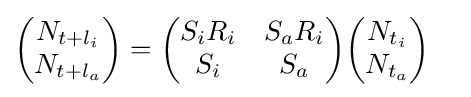
{\begin{aligned}{\begin{pmatrix}N_{t+l_{i}}\\N_{t+l_{a}}\end{pmatrix}}&={\begin{pmatrix}S_{i}R_{i}&S_{a}R_{i}\\S_{i}&S_{a}\end{pmatrix}}{\begin{pmatrix}N_{t_{i}}\\N_{t_{a}}\end{pmatrix}}\end{aligned}}